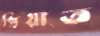
প্রিয়াত